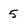
Character: 5